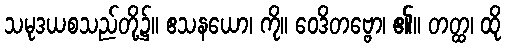
သမုဒယစသည်တို့၌။ ဧသနယော၊ ကို။ ဝေဒိတဗ္ဗော၊ ၏။ တတ္ထ၊ ထို